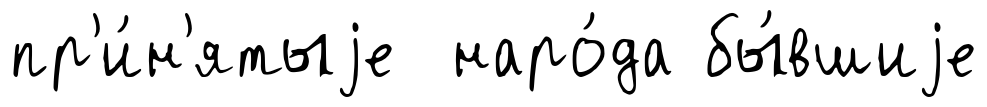
пр'и́н'ятыjе наро́да бы́вшиjе